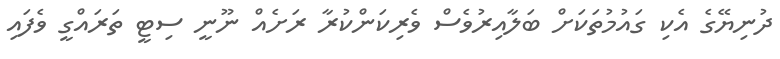
ދުނިޔޭގެ އެކި ގައުމުތަކަށް ބަލާއިރުވެސް ވެރިކަންކުރާ ރަށެއް ނޫނީ ސިޓީ ތަރައްގީ ވެފައި